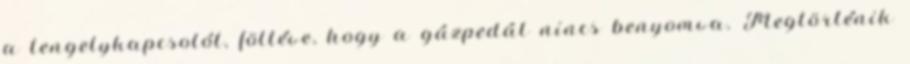
a tengelykapcsolót, föltéve, hogy a gázpedál nincs benyomva. Megtörténik